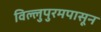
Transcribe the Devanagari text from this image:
विल्लुपुरमपासून